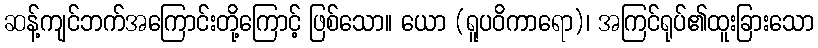
ဆန့်ကျင်ဘက်အကြောင်းတို့ကြောင့် ဖြစ်သော။ ယော (ရူပဝိကာရော)၊ အကြင်ရုပ်၏ထူးခြားသော